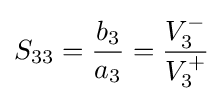
S_{33}={\frac {b_{3}}{a_{3}}}={\frac {V_{3}^{-}}{V_{3}^{+}}}